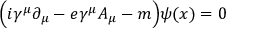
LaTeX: \Bigl ( i \gamma ^ { \mu } \partial _ { \mu } - e \gamma ^ { \mu } A _ { \mu } - m \Bigr ) \psi ( x ) = 0